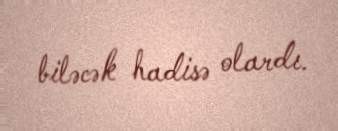
biləcək hadisə olardı.